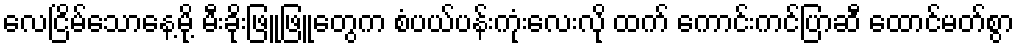
လေငြိမ်သောနေ့မို့ မီးခိုးဖြူဖြူတွေက စံပယ်ပန်းကုံးလေးလို ထက် ကောင်းကင်ပြာဆီ ထောင်မတ်စွာ